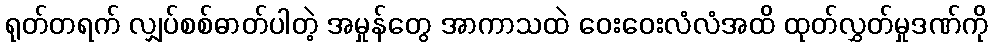
ရုတ်တရက် လျှပ်စစ်ဓာတ်ပါတဲ့ အမှုန်တွေ အာကာသထဲ ဝေးဝေးလံလံအထိ ထုတ်လွှတ်မှုဒဏ်ကို